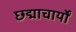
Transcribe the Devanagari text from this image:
छद्माचार्यों